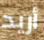
أريد